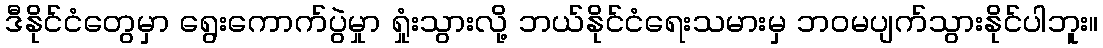
ဒီနိုင်ငံတွေမှာ ရွေးကောက်ပွဲမှုာ ရှုံးသွားလို့ ဘယ်နိုင်ငံရေးသမားမှ ဘဝမပျက်သွားနိုင်ပါဘူး။